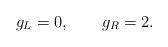
LaTeX: \begin{align*}g_{L}=0, \ \ \ \ \ \ g_{R}=2.\end{align*}